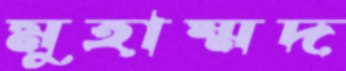
মুহাম্মদ